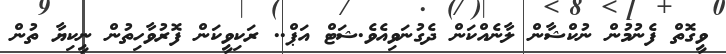
ވީގޮތް ފެނުމުން ނުކްޝާން ލާނެއްކަން ދެގުނަވިއެވެ.ޝަޓް އަޕް.. ރަކިވީކަން ފޮރުވާހިތުން ނީކިޔާ ތުން